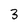
Character: 3